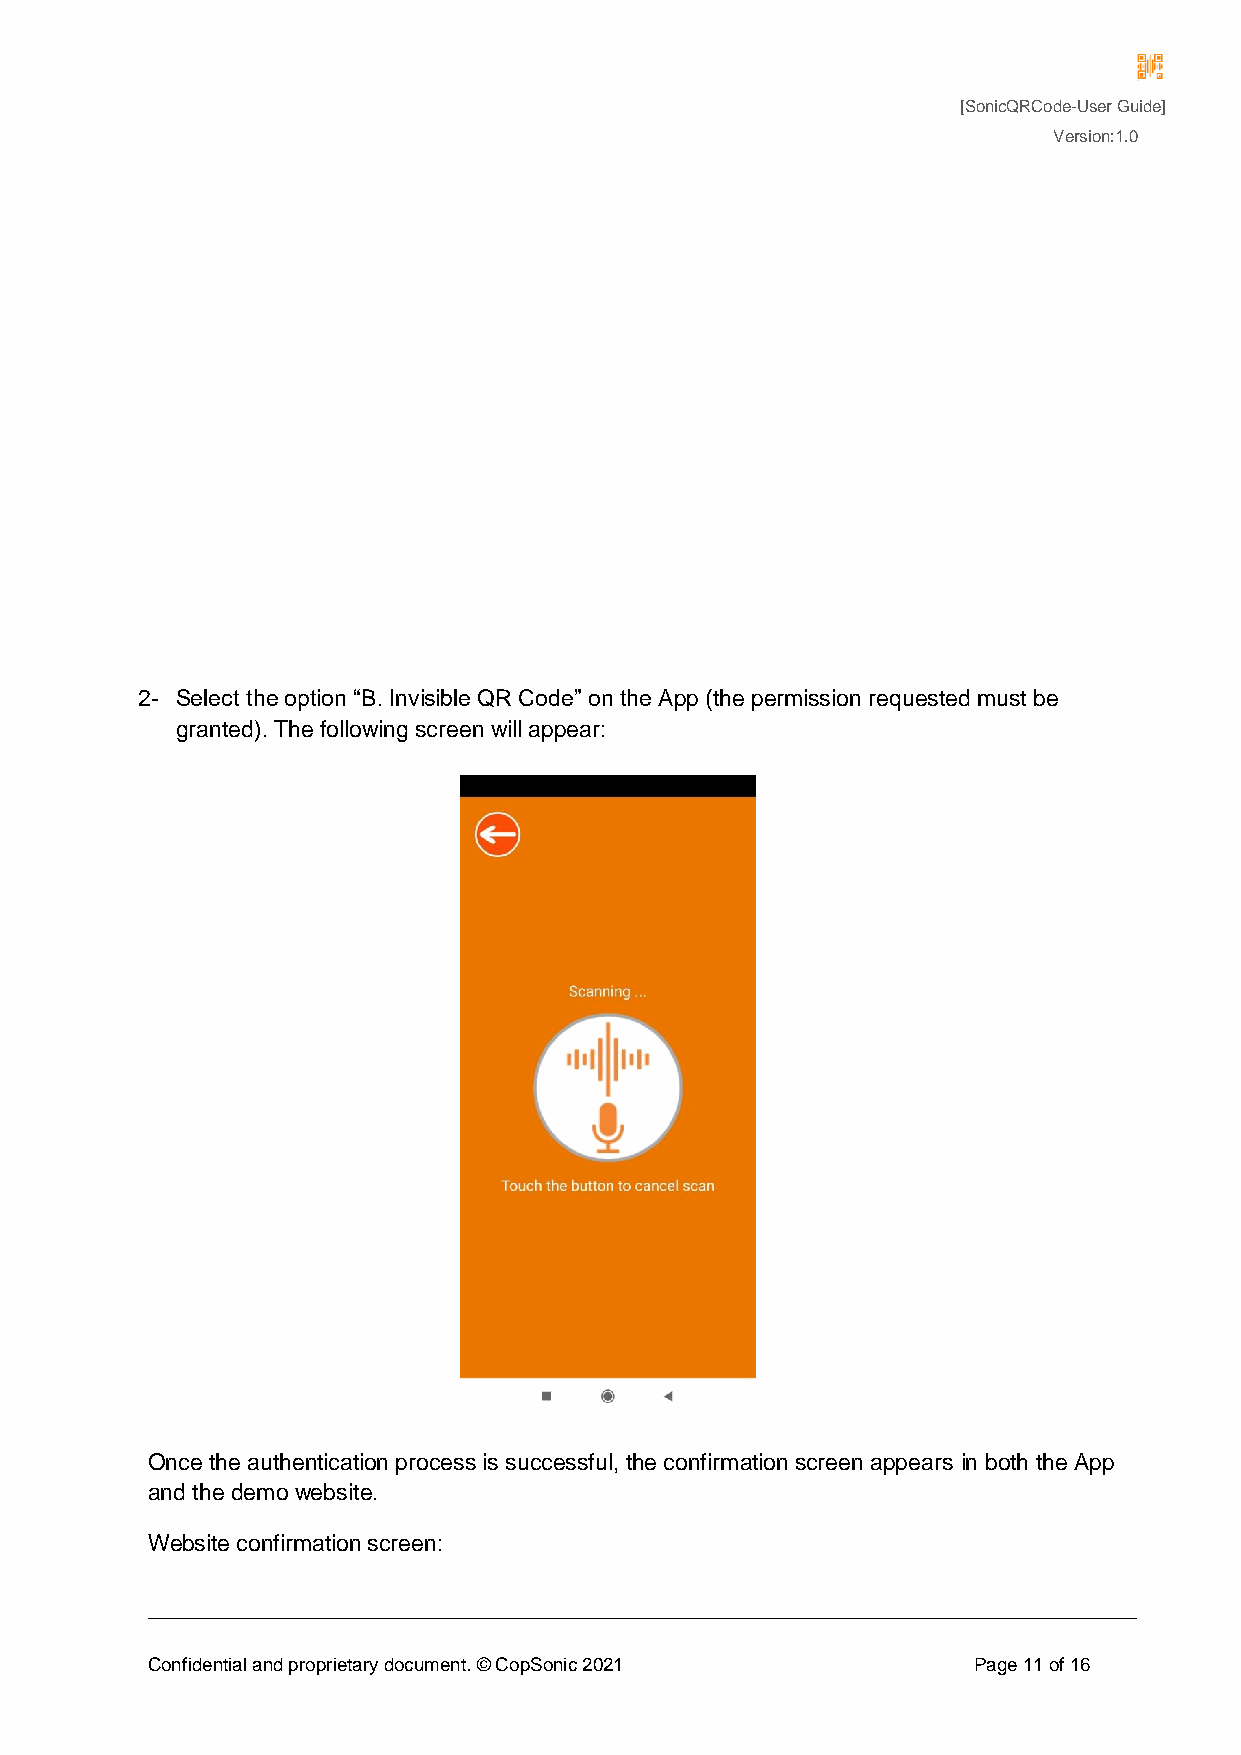
[SonicQRCode-User Guide]
 Version:1.0
 2- Select the option “B. Invisible QR Code” on the App (the permission requested must be
 granted). The following screen will appear:
 Once the authentication process is successful, the confirmation screen appears in both the App
 and the demo website.
 Website confirmation screen:
 Confidential and proprietary document. © CopSonic 2021 Page 11 of 16